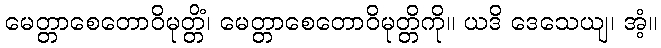
မေတ္တာစေတောဝိမုတ္တိံ၊ မေတ္တာစေတောဝိမုတ္တိကို။ ယဒိ ဒေသေယျ၊ အံ့။